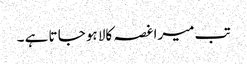
تب میرا غصہ کالا ہو جا تا ہے ۔